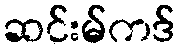
ဆင်းမ်ကဒ်